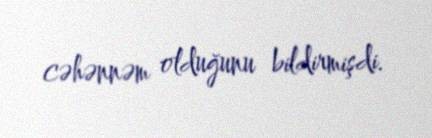
cəhənnəm olduğunu bildirmişdi.